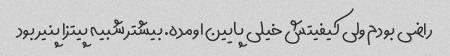
راضی بودم ولی کیفیتش خیلی پایین اومده. بیشتر شبیه پیتزا پنیر بود